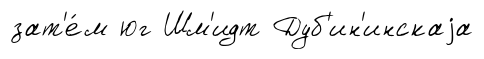
зат'е́м юг Шм'идт Дуб'ин'инскаjа